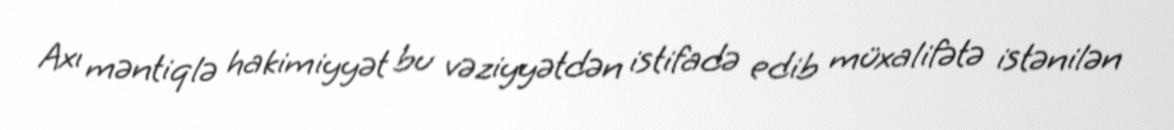
Axı məntiqlə hakimiyyət bu vəziyyətdən istifadə edib müxalifətə istənilən